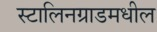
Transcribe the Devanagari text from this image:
स्टालिनग्राडमधील